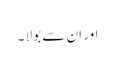
اور ان سے بولا ۔